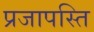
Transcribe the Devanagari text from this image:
प्रजापस्ति